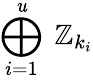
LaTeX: \bigoplus_{i=1}^{\mathit{u}}\ \mathbb{{Z}}_{k_{i}}